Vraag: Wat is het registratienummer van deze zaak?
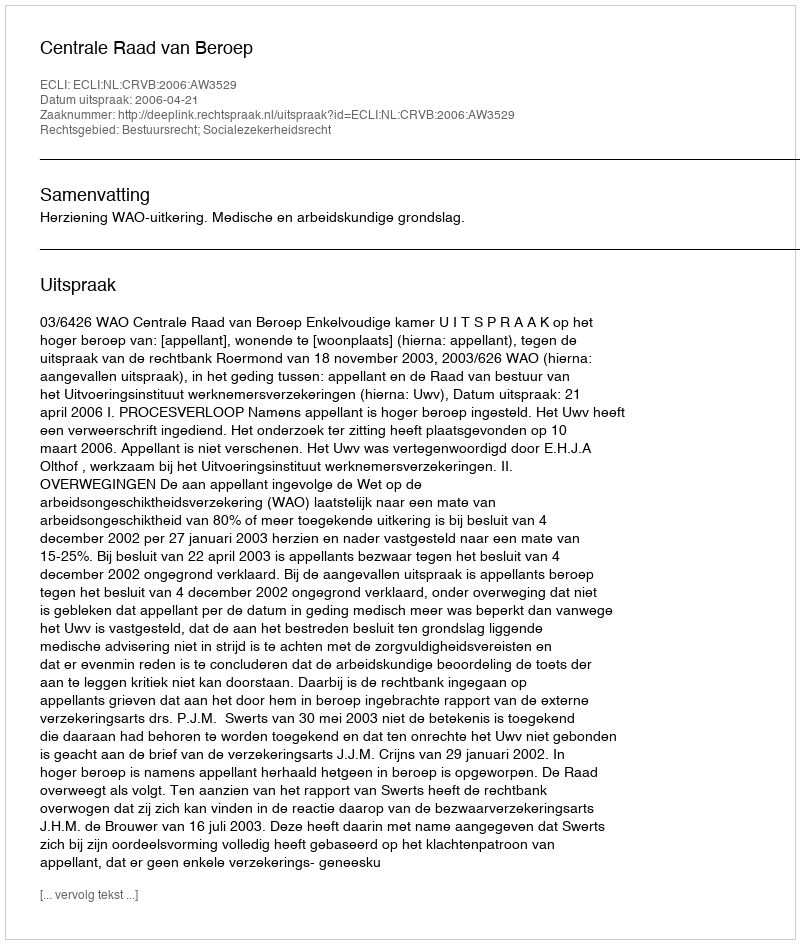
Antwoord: http://deeplink.rechtspraak.nl/uitspraak?id=ECLI:NL:CRVB:2006:AW3529